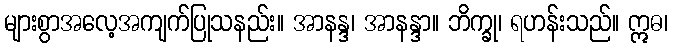
များစွာအလေ့အကျက်ပြုသနည်း။ အာနန္ဒ၊ အာနန္ဒာ။ ဘိက္ခု၊ ရဟန်းသည်။ ဣဓ၊